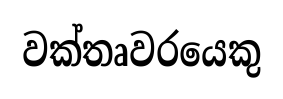
වක්තෘවරයෙකු